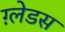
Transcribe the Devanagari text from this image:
ग़्लेडस